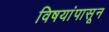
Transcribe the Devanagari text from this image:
विषयांपासून